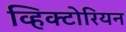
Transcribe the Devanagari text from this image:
व्हिक्टोरियन